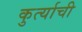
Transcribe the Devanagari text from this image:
कुर्त्याची